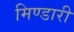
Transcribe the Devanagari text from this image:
मिण्डारी